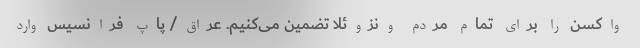
واکسن را برای تمام مردم ونزوئلا تضمین می‌کنیم. عراق/ پاپ فرانسیس وارد